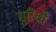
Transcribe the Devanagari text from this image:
सुरिची